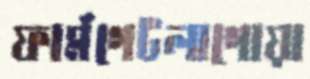
ফার্মগেটলাগোয়া